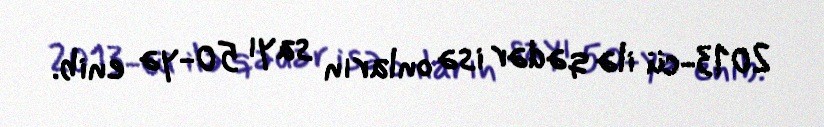
2013-cü ilə qədər isə onların sayı 50-yə enib.